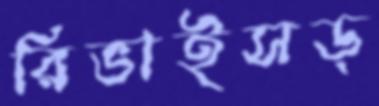
রিভাইসড্